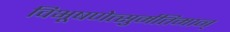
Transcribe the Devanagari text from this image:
विभूषणेत्सुर्मतिमान्